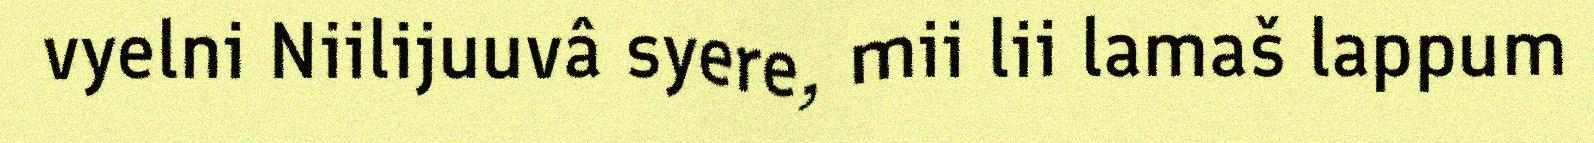
vyelni Niilijuuvâ syere, mii lii lamaš lappum